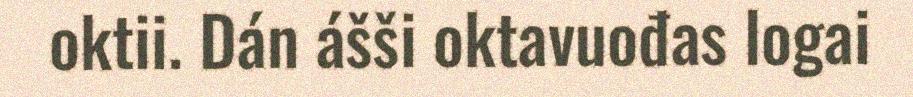
oktii. Dán ášši oktavuođas logai